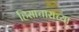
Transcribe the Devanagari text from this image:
हिसाचाराच्या